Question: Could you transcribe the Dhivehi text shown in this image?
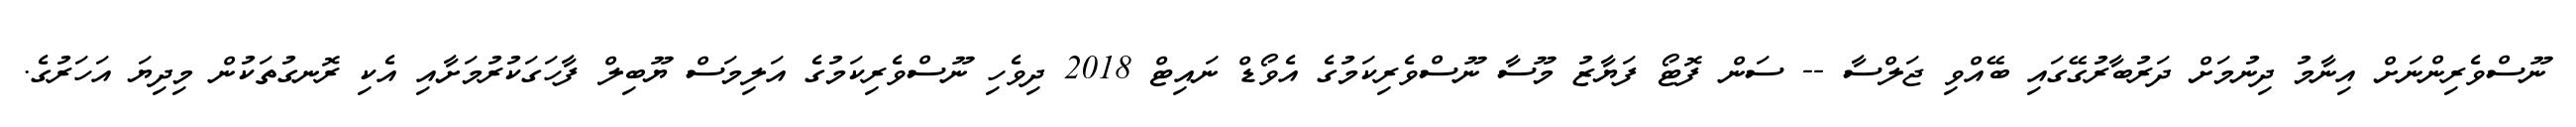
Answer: ނޫސްވެރިންނަށް އިނާމު ދިނުމަށް ދަރުބާރުގޭގައި ބޭއްވި ޖަލްސާ -- ސަން ފޮޓޯ ފަޔާޒު މޫސާ ނޫސްވެރިކަމުގެ އެވޯޑް ނައިޓް 2018 ދިވެހި ނޫސްވެރިކަމުގެ އަލިމަސް ޔޫބިލް ފާހަގަކުރުމަށާއި އެކި ރޮނގުތަކުން މިދިޔަ އަހަރުގެ.